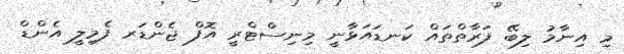
މި އިނާމު ލިބޭ ފަރާތްތައް ކަނޑައަޅާނީ މިނިސްޓްރީ އޮފް ޖެންޑަރ ފެމިލީ އެންޑް